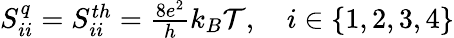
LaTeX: \begin{array}{r}{S_{ii}^{q}={S_{ii}^{th}}=\frac{8e^{2}}{h}k_{B}\mathcal{T},\quad i\in\{ 1,2,3,4\} }\end{array}